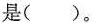
是( )。